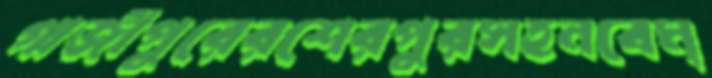
গাজীপুরেরশেরপুরসহনবেম্